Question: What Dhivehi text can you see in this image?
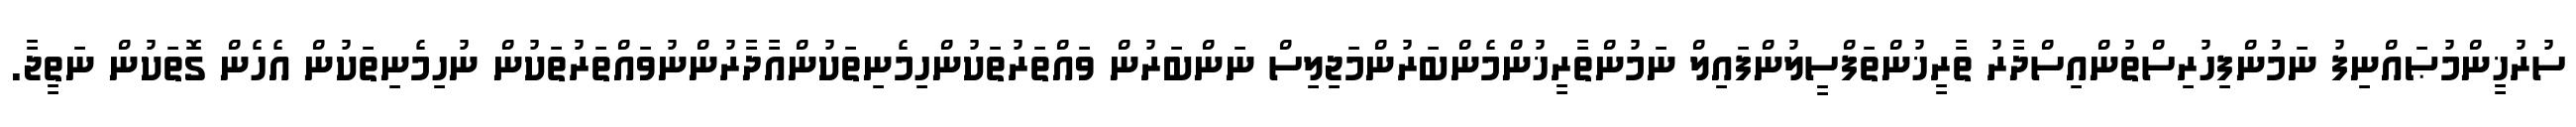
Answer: ސުރުޚީންމުޞައްނިފު ނަމުންފިހުރިސްތުންއިސްދާރު ތާރީޚުންތަފްސީލުންފައިލް ނަމުންތާރީޚުންމެންބަރުންމަޖިލިސް ނަންބަރުން ވައްތަރުތަކުންހިމެނިތަކުންއާދާރުންނުވައްތަރުތަކުން ނުހިމެނިތަކުން އެހެން ގޮތަކުން ނަތީޖާ.